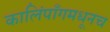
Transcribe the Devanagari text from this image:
कालिंपाँगमधूनच